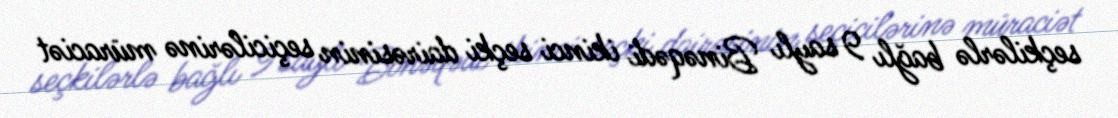
seçkilərlə bağlı 9 saylı Binəqədi ikinci seçki dairəsinin seçicilərinə müraciət